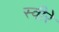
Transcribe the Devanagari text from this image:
स्वीरे